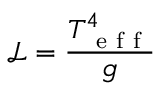
\mathcal { L } = \frac { T _ { \mathrm { ~ e ~ f ~ f ~ } } ^ { 4 } } { g }